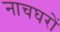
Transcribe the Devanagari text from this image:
नाचघरों